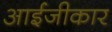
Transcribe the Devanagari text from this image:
आईजीकार